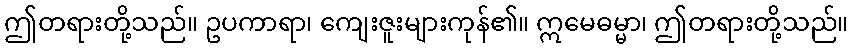
ဤတရားတို့သည်။ ဥပကာရာ၊ ကျေးဇူးများကုန်၏။ ဣမေဓမ္မာ၊ ဤတရားတို့သည်။